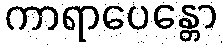
ကာရာပေန္တော